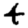
Digit: 4